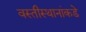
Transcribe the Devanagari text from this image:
वस्तीस्थानांकडे